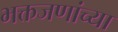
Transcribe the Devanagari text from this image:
भक्तजणांच्या